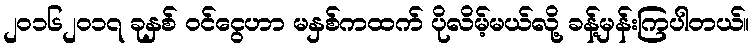
၂၀၁၆၂၀၁၇ ခုနှစ် ဝင်ငွေဟာ မနှစ်ကထက် ပိုလိမ့်မယ်လို့ ခန့်မှန်းကြပါတယ်။